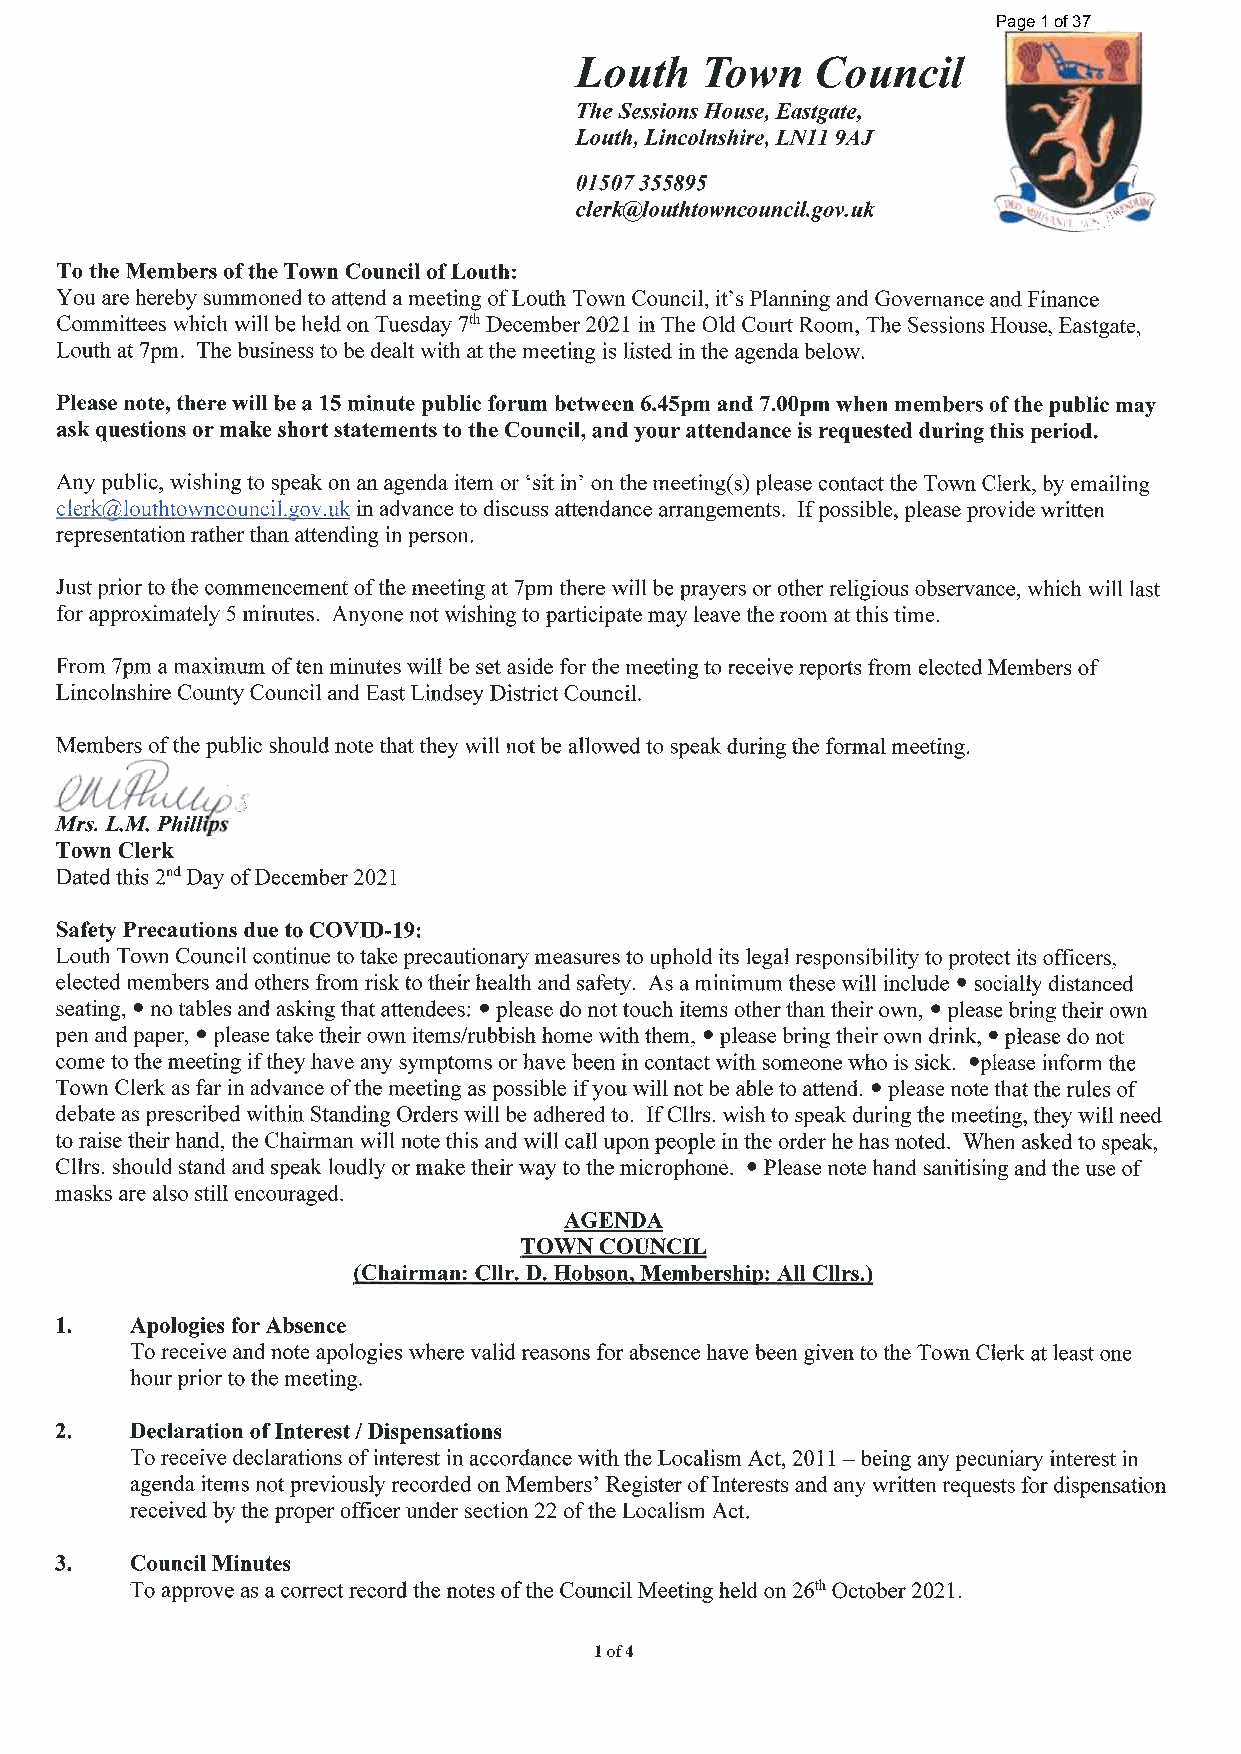
Page 1 of 37
 Louth    Town    Council
 The Sessions House, Eastgate,
 Louth, Lincolnshire, LN11 9AJ
 01507355895
 clerk@Iouthtowncouncil.gov. uk      ^
 To the Members of the Town Council ofLouth:
 You are hereby summoned to attend a meeting ofLouth Town Council, it's Planning and Governance and Finance
 Committees which will be held on Tuesday 7th December 2021 in The Old Court Room, The Sessions House, Eastgate,
 Loath at 7pm. The business to be dealt with at the meeting is listed in the agenda below.
 Please note, there will be a 15 minute public forum between 6.45pm and 7.00pm when members of the public may
 ask questions or make short statements to the Council, and your attendance is requested during this period.
 Any public, wishing to speak on an agenda item or 'sit in' on the meeting(s) please contact the Town Clerk, by emailing
 clerk(%louthtowncouncil.gov.uk in advance to discuss attendance anrangements. If possible, please provide written
 representation rather than attending in person.
 Just prior to the commencement of the meeting at 7pm there will be prayers or other religious observance, which will last
 for approximately 5 minutes. Anyone not wishing to participate may leave the room at this time.
 From 7pm a maximum often minutes will be set aside for the meeting to receive reports from elected Members of
 Lincolnshire County Council and East Lindsey District Council.
 Members of the public should note that they will not be allowed to speak during the formal meeting.
 ^Ut^DS
 Mrs. L.M. Philltps
 Town Clerk
 Dated this 2nd Day of December 2021
 Safety Precautions due to COVID-19:
 Louth Town Council continue to take precautionary measures to uphold its legal responsibility to protect its officers,
 elected members and others from risk to their health and safety. As a minimum these will include • socially distanced
 seating, • no tables and asking that attendees: • please do not touch items other than their own, • please bring their own
 pen and paper, • please take their own items/rubbish home with them, • please bring their own drink, • please do not
 come to the meeting if they have any symptoms or have been in contact with someone who is sick. "please inform the
 Town Clerk as far in advance of the meeting as possible if you will not be able to attend. • please note that the rules of
 debate as prescribed within Standing Orders will be adhered to. IfCllrs. wish to speak during the meeting, they will need
 to raise their hand, the Chairman will note this and will call upon people in the order he has noted. When asked to speak,
 Cllrs. should stand and speak loudly or make their way to the microphone. • Please note hand sanitising and the use of
 masks are also still encouraged.
 AGENDA
 TOWN  COUNCIL
 {Chairman: Cllr. D. Hobson, ]Membership: All Cllrs.)
 1. Apologies for Absence
 To receive and note apologies where valid reasons for absence have been given to the Town Clerk at least one
 hour prior to the meeting.
 2. Declaration of Interest / Dispensations
 To receive declarations of interest in accordance with the Localism Act, 2011 - being any pecuniary interest in
 agenda items not previously recorded on Members' Register of Interests and any written requests for dispensation
 received by the proper officer under section 22 of the Localism Act.
 3. Council Minutes
 To approve as a conrect record the notes of the Council Meeting held on 26A October 2021.
 lof4